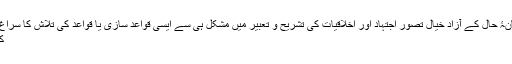
زمانۂ حال کے آزاد خیال تصور اجتہاد اور اخلاقیات کی تشریح و تعبیر میں مشکل ہی سے ایسی قواعد سازی یا قواعد کی تلاش کا سراغ ...
کے۔